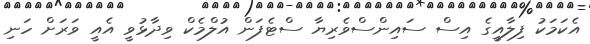
އެކަމަކު ފިލާއީގެ އިސް ސައިންސްވެރިޔާ ސްޓެފަން އުލްމެކް ވިދާޅުވީ އެއީ ވަރަށް ހަނި